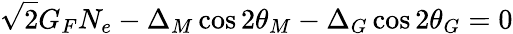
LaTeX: \sqrt{2}G_{F}N_{e}-{\Delta_{M}}\cos 2\theta_{M}-{\Delta_{G}}\cos 2\theta_{G}=0